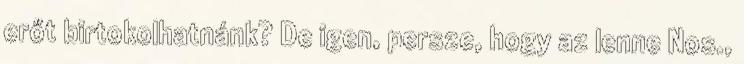
erőt birtokolhatnánk? De igen, persze, hogy az lenne Nos.,